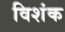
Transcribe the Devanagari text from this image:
विशंक